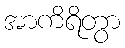
အာကိရိတွာ